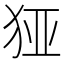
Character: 𰡉